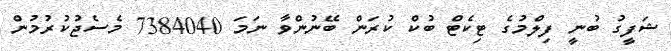
ޝަފީގު ބުނީ ފިލްމުގެ ޓިކެޓް ބުކް ކުރަން ބޭނުންވާ ނަމަ 7384040 މެސެޖުކުރުމުން